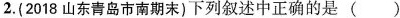
2.(2018山东青岛市南期末)下列叙述中正确的是()